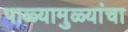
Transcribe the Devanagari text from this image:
पाळ्यामुळ्यांचा